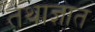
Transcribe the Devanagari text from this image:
तथाज्ञात